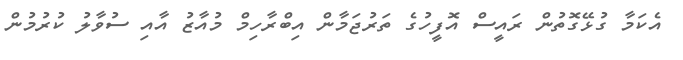
އެކަމާ ގުޅޭގޮތުން ރައީސް އޮފީހުގެ ތަރުޖަމާން އިބްރާހިމް މުއާޒު އާއި ސުވާލު ކުރުމުން